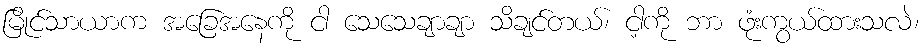
မြိုင်သာယာက အခြေအနေကို ငါ သေသေချာချာ သိချင်တယ်၊ ငါ့ကို ဘာ ဖုံးကွယ်ထားသလဲ၊